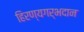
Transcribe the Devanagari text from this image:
हिरण्यगर्भदान